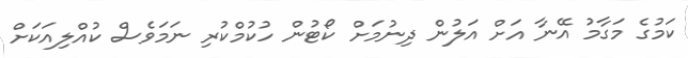
ކަމުގެ މަގާމު އޭނާ އަށް އަލުން ދިނުމަށް ކޯޓުން ހުކުމްކުރި ނަމަވެސް ކުއްލިއަކަށް